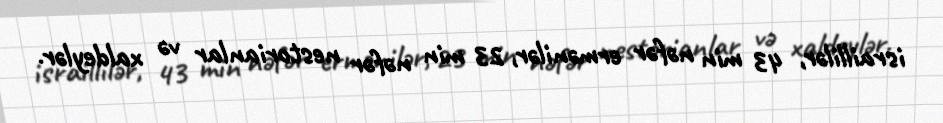
israillilər, 43 min nəfər ermənilər, 23 min nəfər nestorianlar və xaldeylər.